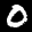
Label: 0